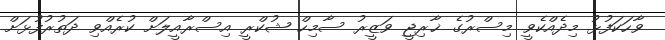
ވާހަކަފުޅު މިދެއްކެވީ މިސްރުގެ ޚާރިޖީ ވަޒީރު ސާމިހް ޝުކްރީ އިސްރާއީލަށް ކުރެއްވި ދަތުރުފުޅަށް